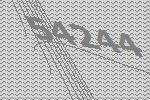
54244